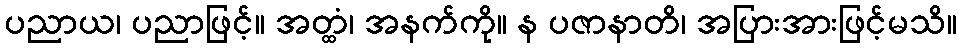
ပညာယ၊ ပညာဖြင့်။ အတ္ထံ၊ အနက်ကို။ န ပဇာနာတိ၊ အပြားအားဖြင့်မသိ။